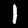
Label: 1